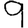
Digit: 9